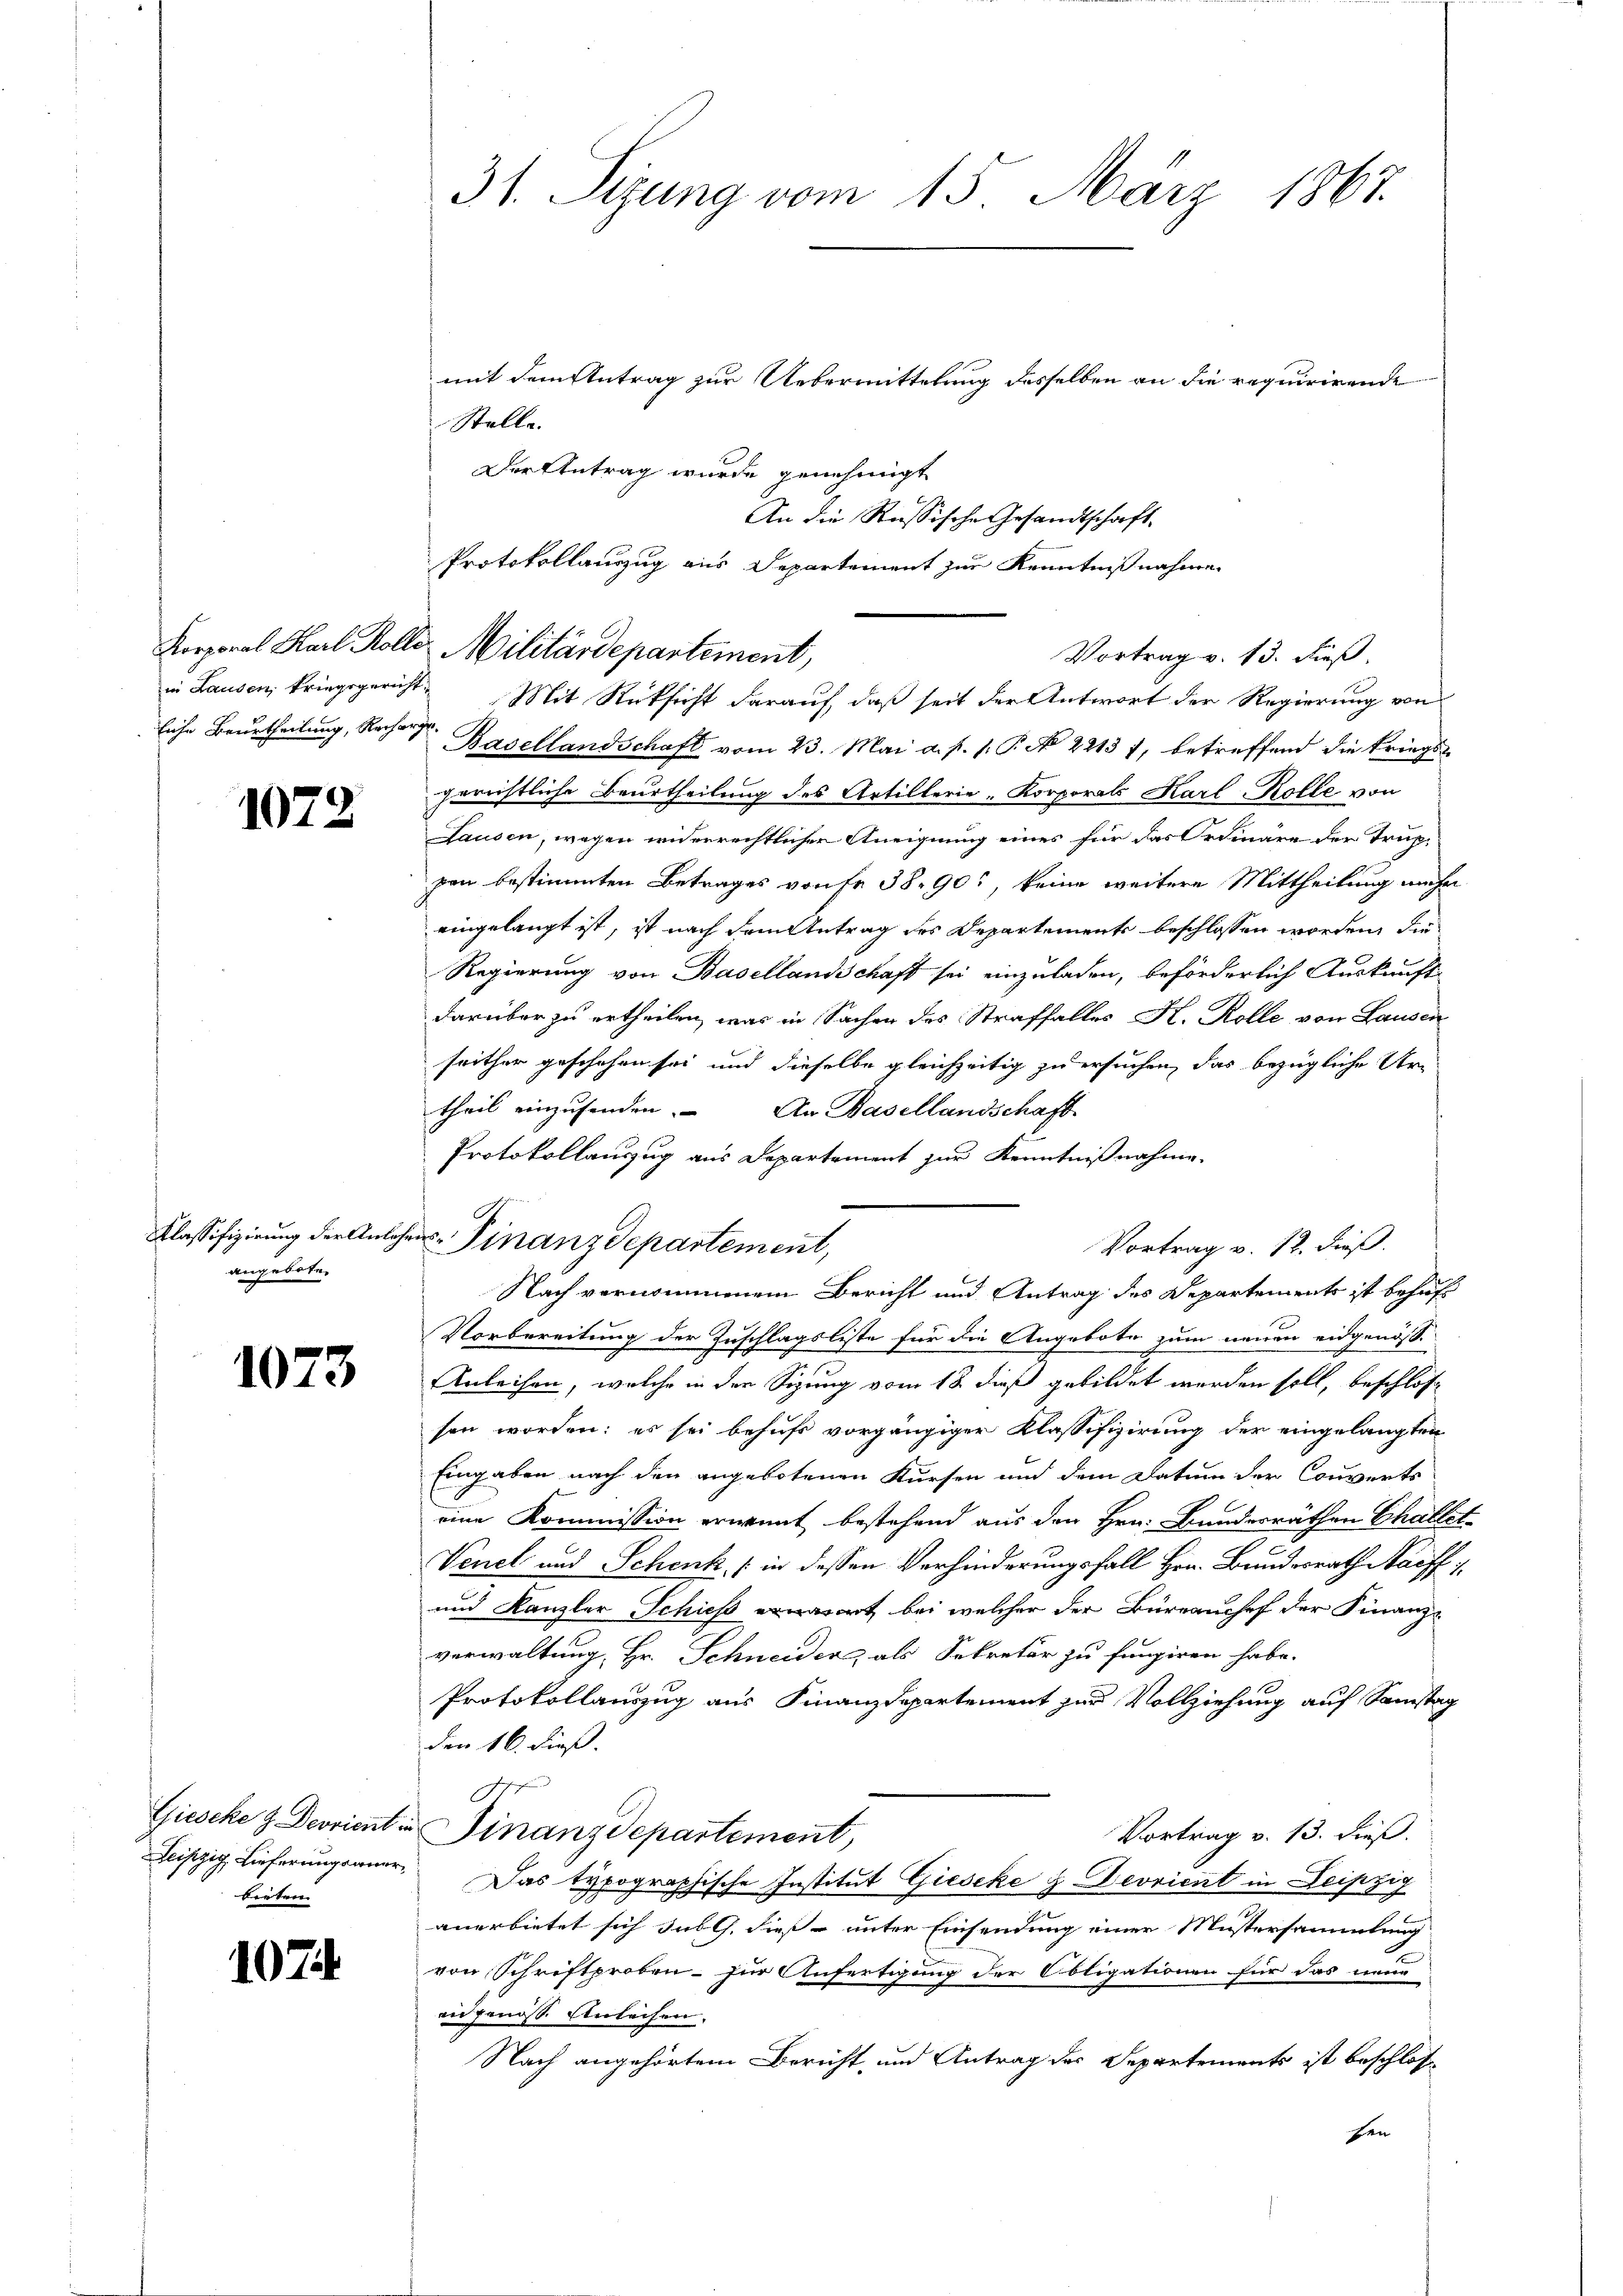
1072

angeboten

1073

bieten

1074

31. Sizung vom 15. März 1867.

mit dem Antrag zur Uebermittelung desselben an die requirirende
Stelle.
Der Antrag wurde genehmigt
in Lausen, kriegsgericht. Mit Rücksicht darauf, daß seit der Antwort der Regierung von
liche Beurtheilung, Recher Basellandschaft vom 23. Mai a. p. 1. P. N 2213 f, betreffend die kriegsgerichtliche Beurtheilung des Artillerie-Korporals Karl Kolle von
Lausen, wegen widerrechtlicher Aneignung eines für das Ordinäre der Truppen bestimmten Betrages von fr. 38. 90, keine weitere Mittheilung nich
eingelangt ist, ist nach dem Antrag des Departements beschlossen worden, die
Regierung von Basellandschaft sei einzuladen, beförderlich Auskunft
darüber zu ertheilen, was in Sachen des Straffalles K. Rolle von Lausen
seither geschehen sei und dieselbe gleichzeitig zu ersuchen, das bezügliche Urtheil einzusenden. An Basellandschaft
Protokollauszug aus Departement zur Kenntnißnahme.
Vortrag v. 12. dieß.
Nach vernommenem Bericht und Antrag des Departements ist behufs
Vorbereitung der Zuschlagsliste für die Angebote zum neuen eidgenöss.
Anleihen, welche in der Sigung vom 18. dieß gebildet werden soll, beschlos
sen worden: es sei behufs vorgängiger Klassifizirung der eingelangten
Eingaben nach den angebotenen Kursen und dem Datum der Couverts
eine Kommission erwint bestehend aus den Hrn. Bandesräthen Challi
Venel und Schenk (in dessen Verhinderungsfall Hrn. Bundesrath Maiff
und Kanzler Schieß wart bei welcher der Bureauchef der Finanz-
verwaltung, Hr. Schneiden, als Sekretär zu fungiren habe.
Protokollauszug aus Finanzdepartement zur Vollziehung auf Samstag
den 16. dieß.
Giesche & Deorientin Finanzdepartement,
Vortrag v. 13. dieß.
Leipzig, Lieferungsaner. Das typographische Institut Gieseke & Devrient in Leipzig
anerbietet sich sub G. dies unter Einsendung einer Mustersammlung
von Schriftproben - zur Anfertigung der Obligationen für das neue
eidgenoss. Einleihen.
Nach angehörtem Bericht, und Antrag des Departements ist beschloss
sen

Korporal Karl Kolle. Militärdepartement,

Klassifizierung der Anlehns-Finanzdepartement,

An die Russische Gesandtschaft
Protokollauszug aus Departement zur Kenntnißnahme
Vortrag v. 13. dieß.